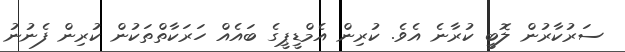
ސަރުކާރުން ލޮބީ ކުރާނެ އެވެ. ކުރިން އެމްޑީޕީގެ ބައެއް ހަރަކާތްތަކުން ކުރިން ފެނުނު